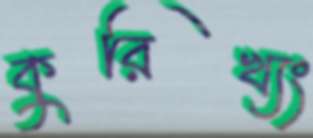
কুরিখ্যং